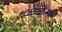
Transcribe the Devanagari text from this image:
प्रश्णमंजूषा